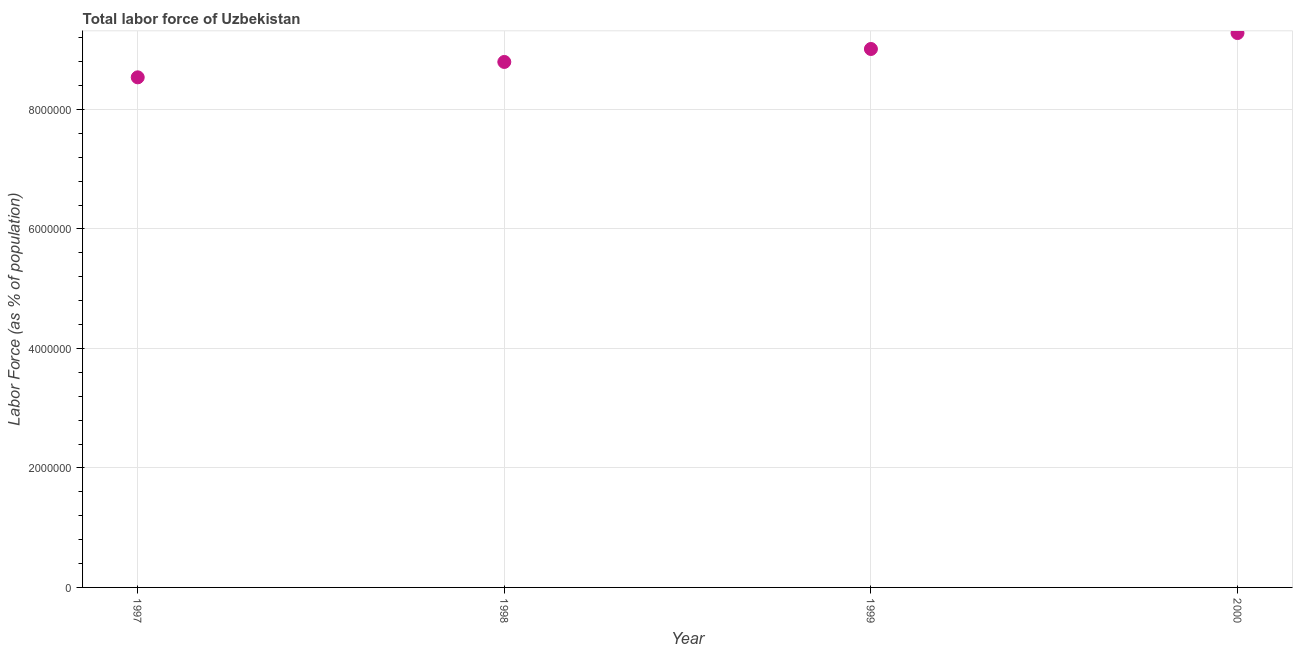
| Year | Labor force |
 | --- | --- |
 | 1997 | 8.54e+06 |
 | 1998 | 8.8e+06 |
 | 1999 | 9.01e+06 |
 | 2000 | 9.28e+06 |